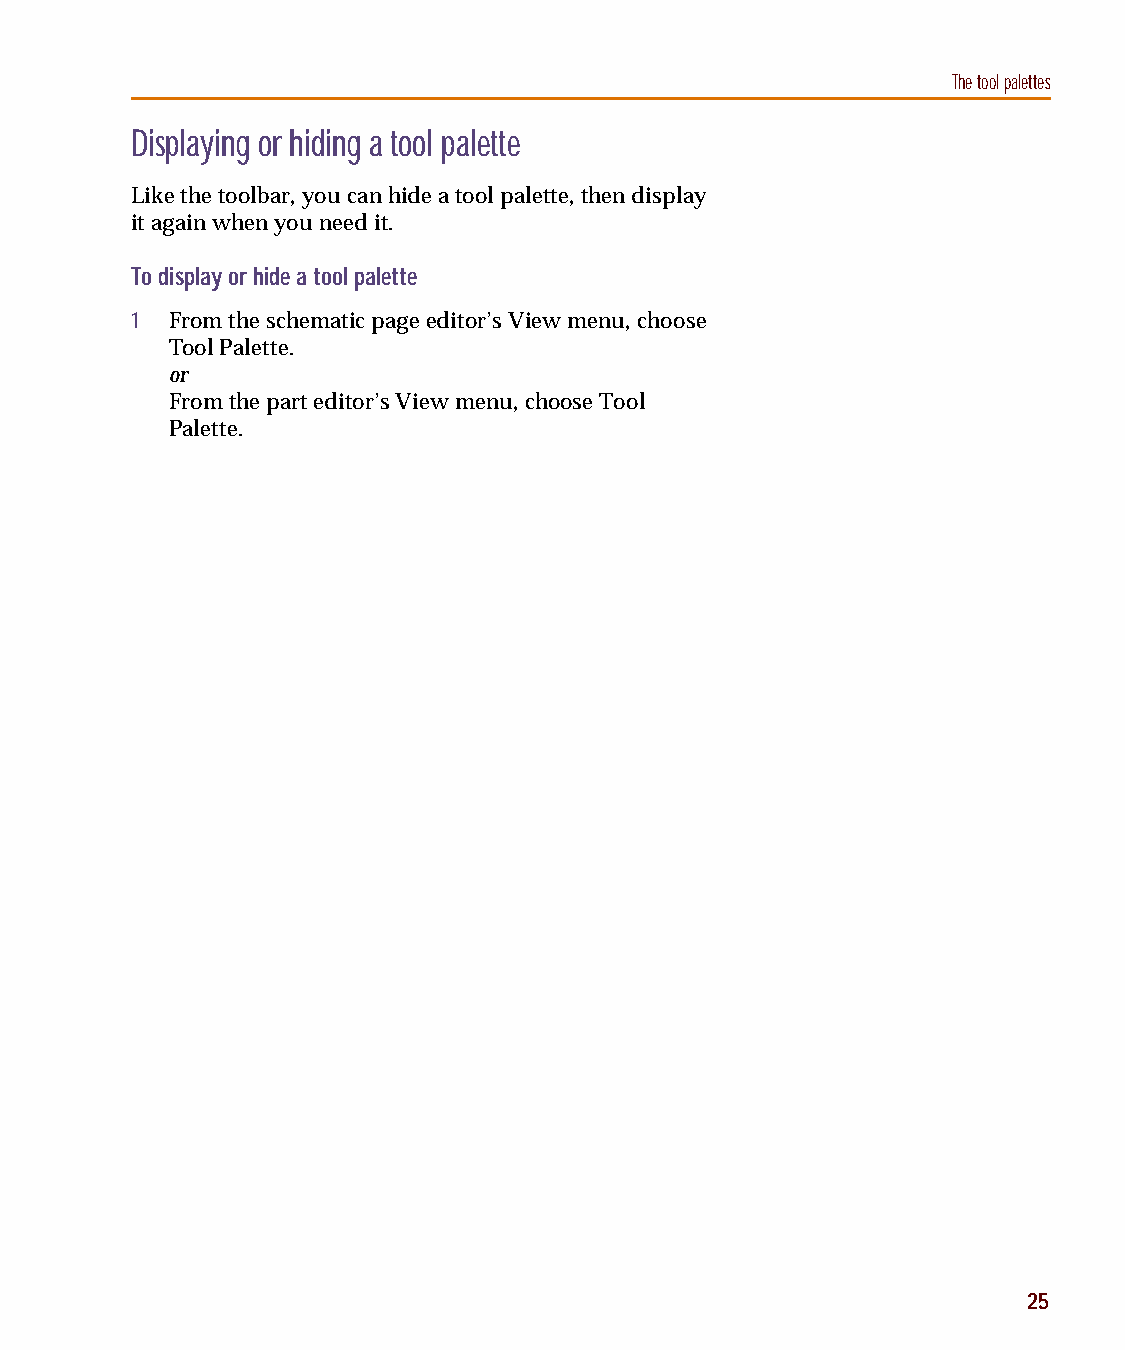
capug.book Page 25 Thursday, November 12, 1998 3:38 PM
 The tool palettes
 Displaying or hiding a tool palette
 Like the toolbar, you can hide a tool palette, then display
 it again when you need it.
 To display or hide a tool palette
 1 From the schematic page editor’s View menu, choose
 Tool Palette.
 or
 From the part editor’s View menu, choose Tool
 Palette.
 25